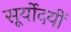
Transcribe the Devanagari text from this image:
सूर्योदयीं